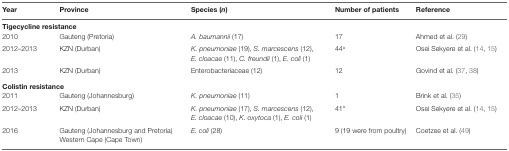
| Year | Province | Species (n) | Number of patients | Reference |
 | --- | --- | --- | --- | --- |
 | <COLSPAN=5> Tigecycline resistance |
 | 2010 | Gauteng (Pretoria) | A. baumannii (17) | 17 | Ahmed et al. (29) |
 | 2012–2013 | KZN (Durban) | K. pneumoniae (19), S. marcescens (12), E. cloacae (11), C. freundii (1), E. coli (1) | 44a | Osei Sekyere et al. (14, 15) |
 | 2013 | KZN (Durban) | Enterobacteriaceae (12) | 12 | Govind et al. (37, 38) |
 | <COLSPAN=5> Colistin resistance |
 | 2011 | Gauteng (Johannesburg) | K. pneumoniae (11) | 1 | Brink et al. (35) |
 | 2012–2013 | KZN (Durban) | K. pneumoniae (17), S. marcescens (12), E. cloacae (10), K. oxytoca (1), E. coli (1) | 41a | Osei Sekyere et al. (14, 15) |
 | <ROWSPAN=2> 2016 | Gauteng (Johannesburg and Pretoria) | <ROWSPAN=2> E. coli (28) | <ROWSPAN=2> 9 (19 were from poultry) | <ROWSPAN=2> Coetzee et al. (49) |
 | Western Cape (Cape Town) |